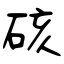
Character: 硋